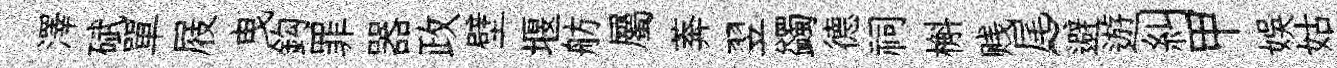
澤碔單屐曳鈎罪器政壁堰舫屬莾翌蠲德祠槲贱尾~避遊糾甲娱姑